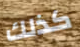
كذلك